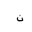
Letter: _non